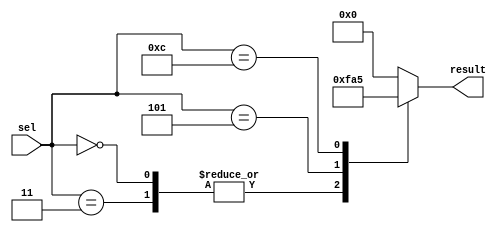
module parallel_case_statement (
    input wire [3:0] sel,
    output reg [3:0] result
);

always @(*) begin
    case (sel)
        4'b0000, 4'b0011: result = 4'b1111;
        4'b0101: result = 4'b1010;
        4'b1100: result = 4'b0101;
        default: result = 4'b0000;
    endcase
end

endmodule